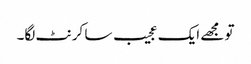
تو مجھے ایک عجیب سا کرنٹ لگا۔